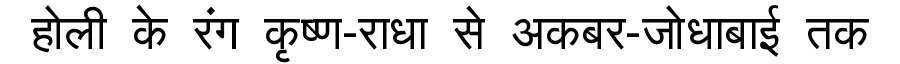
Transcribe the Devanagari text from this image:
होली के रंग कृष्ण-राधा से अकबर-जोधाबाई तक